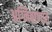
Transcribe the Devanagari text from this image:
अग्निबाणात